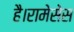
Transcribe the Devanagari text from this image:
है।रामेसेस